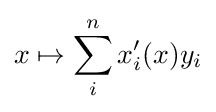
x\mapsto \sum _{i}^{n}x_{i}'(x)y_{i}